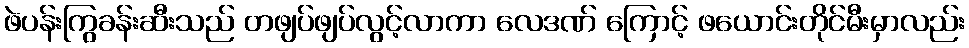
ဖဲပန်းကြွခန်းဆီးသည် တဖျပ်ဖျပ်လွင့်လာကာ လေဒဏ် ကြောင့် ဖယောင်းတိုင်မီးမှာလည်း